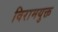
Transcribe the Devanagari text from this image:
विरामयुक्त